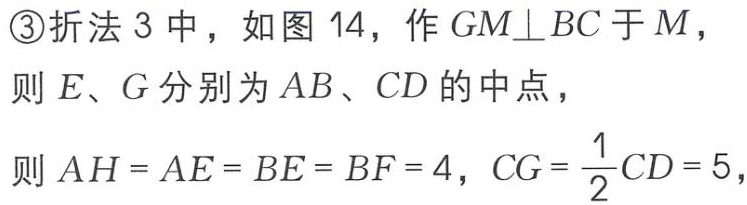
\textcircled{3}折法 3 中，如图 14，作 \(GM\perp BC\) 于 \(M\)，
则 \(E、G\) 分别为 \(AB、CD\) 的中点，
则 \(AH = AE = BE = BF = 4\)，\(CG=\frac{1}{2}CD = 5\)，